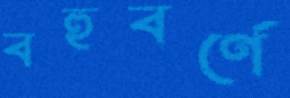
বহুবর্ণে